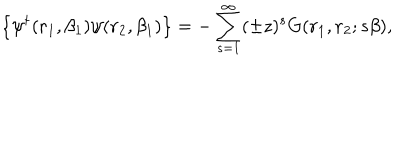
LaTeX: \left\{ \psi ^ { \dagger } ( { \bf r } _ { 1 } , \beta _ { 1 } ) \psi ( { \bf r } _ { 2 } , \beta _ { 1 } ) \right\} = - \sum _ { s = 1 } ^ { \infty } ( \pm z ) ^ { s } G ( { \bf r } _ { 1 } , { \bf r } _ { 2 } ; s \beta ) ,